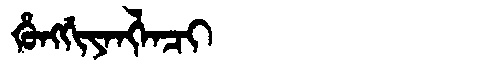
Manchu: ᡥᡠᠩᡤᡳᠶᠠᠩᠯᠠᠴᡳ
Romanization: HUNGGIYANGLACI